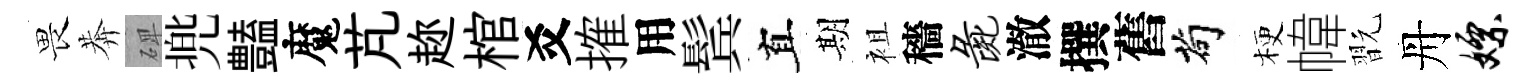
畏莾𥓓兠𧰟魔芃趂棺爻搉用鬂真期袓穡彘澈撰舊茍梗幃翫丹嫖